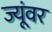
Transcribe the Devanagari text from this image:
ज्यूंवर